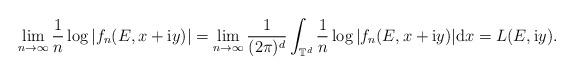
LaTeX: \begin{align*}\lim_{n\rightarrow\infty} \frac{1}{n}\log|f_{n}(E,x+\mathrm{i}y)|=\lim_{n\rightarrow\infty}\frac{1}{(2\pi)^{d}}\int_{\mathbb{T}^{d}}\frac{1}{n} \log|f_{n}(E,x+\mathrm{i}y)|\mathrm{d}x=L(E,\mathrm{i}y).\end{align*}